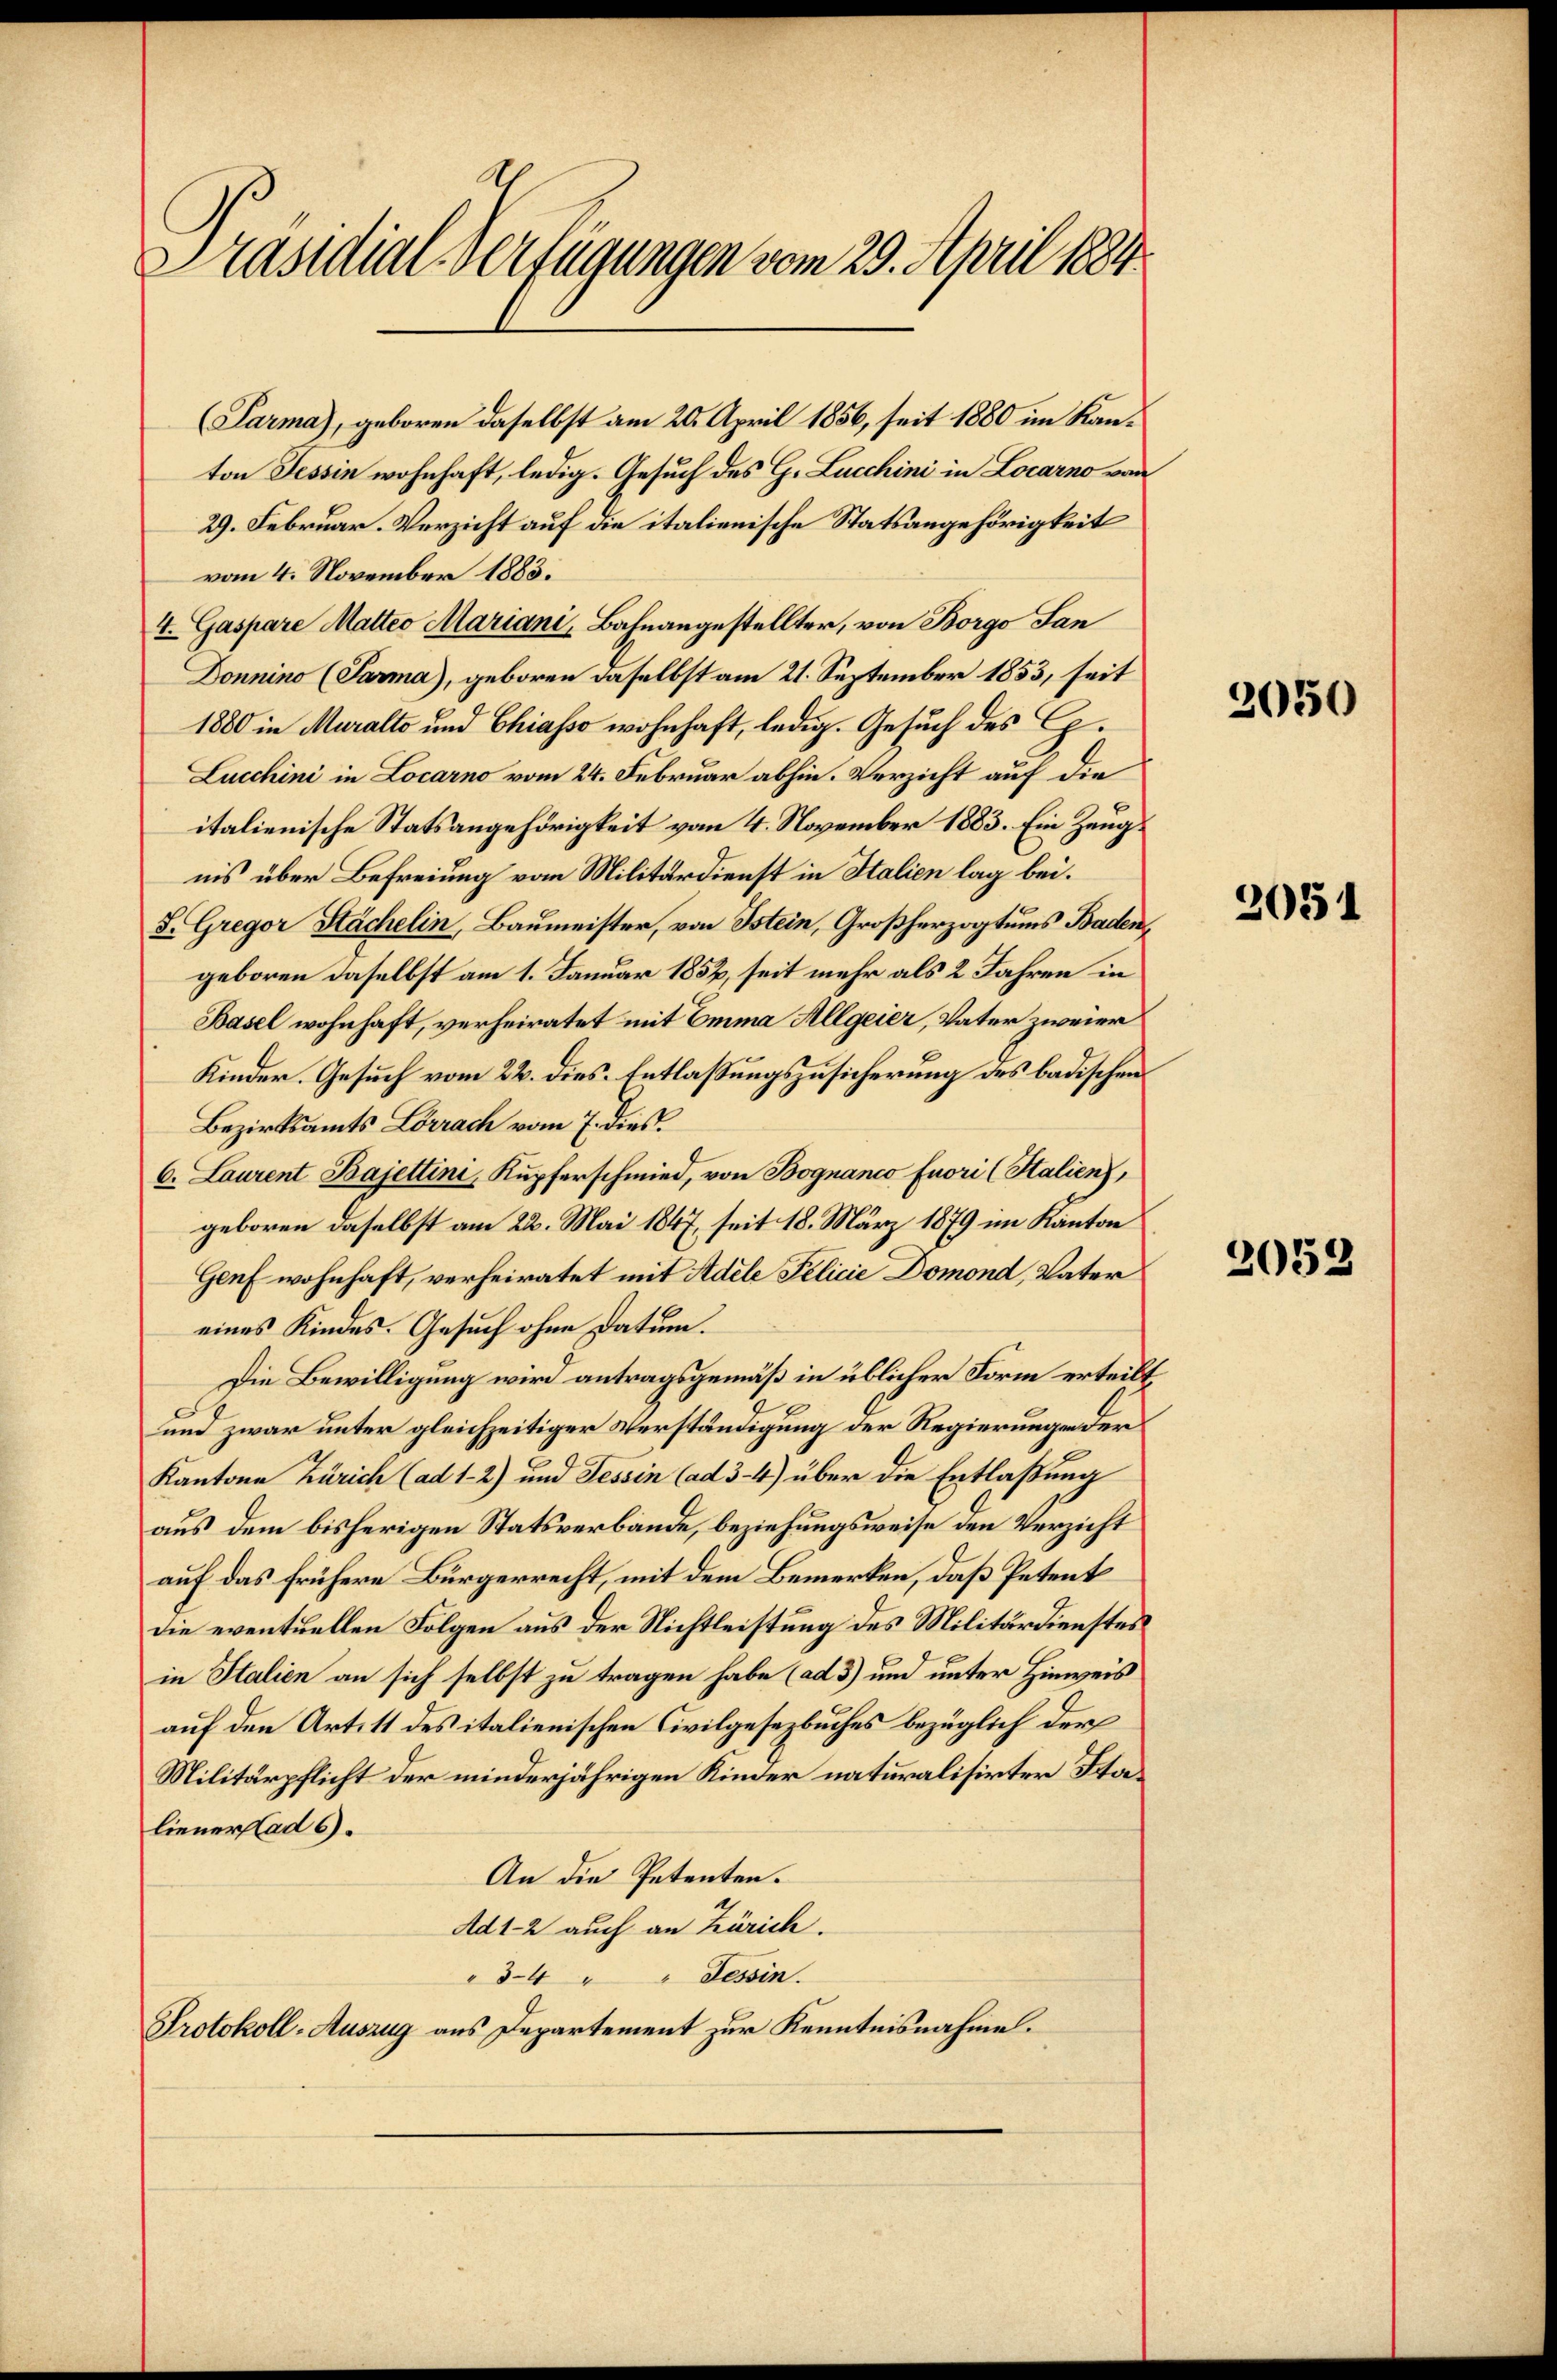
Präsidial-Verfügungen vom 29. April 1884.

(Parma), geboren daselbst am 20. April 1856, seit 1880 im Kanton Tessin wohnhaft, ledig. Gesuch des G. Lucchini in Locarno von
29. Februar-Verzicht auf die italienische Statsangehörigkeit
vom 4. November 1883.
4. Gaspare Matteo Mariani, Bahnangestellter, von Borgo San
Donnino (Parma), geboren daselbst am 21. September 1853, seit
1880 in Muralto und Chiasso wohnhaft, ledig. Gesuch des G.
Lucchini in Locarno vom 24. Februar abhin. Verzicht auf die
italienische Statsangehörigkeit vom 4. November 1883. Ein Zeugnis über Befreiung vom Militärdienst in Italien lag bei.
S. Gregor Stächelin, Baumeister, von Istein, Großherzogtums Badengeboren daselbst am 1. Januar 1852, seit mehr als 2 Jahren in
Basel wohnhaft, verheiratet mit Emma Allgeier, Vater zweier
Kinder. Gesuch vom 22. dies Entlaßungszusicherung des badischen
Bezirksamts Lörrach vom 7. dies
6. Laurent Bajettini, Kupferschmied, von Bognanco fuori (Stalien),
geboren daselbst am 22. Mai 1847, seit 18. März 1879 im Kanton
Genf wohnhaft, verheiratet mit Adele Felicie Domond, Vater
eines Kindes. Gesuch ohne Datum.
Die Bewilligung wird antragsgemäß in üblicher Form erteilt
4
und zwar unter gleichzeitiger Verständigung der Regierungen der
Kantone Zürich (ad 1.- 2) und Tessin (ad 3. 4) über die Entlaßung
aus dem bisherigen Statsverbande, beziehungsweise den Verzicht
auf das frühere Bürgerrecht, mit dem Bemerken, daß Petent
die eventuellen Folgen aus der Nichtleistung des Militärdienstes
in Italien an sich selbst zu tragen habe (ad 3) und unter Hinweis
auf den Art. 11 des italienischen Civilgesezbuches bezüglich der
Militärpflicht der minderjährigen Kinder naturalisirter Staliener ad 6.
An die Petenten.
Ad 1-2 auch an Zürich.
34 " " Tessin.
Protokoll-Auszug aus Departement zur Kenntnisnahme.

2050

2051

2052